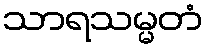
သာရသမ္မတံ